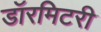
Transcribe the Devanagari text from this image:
डॉरमिटरी